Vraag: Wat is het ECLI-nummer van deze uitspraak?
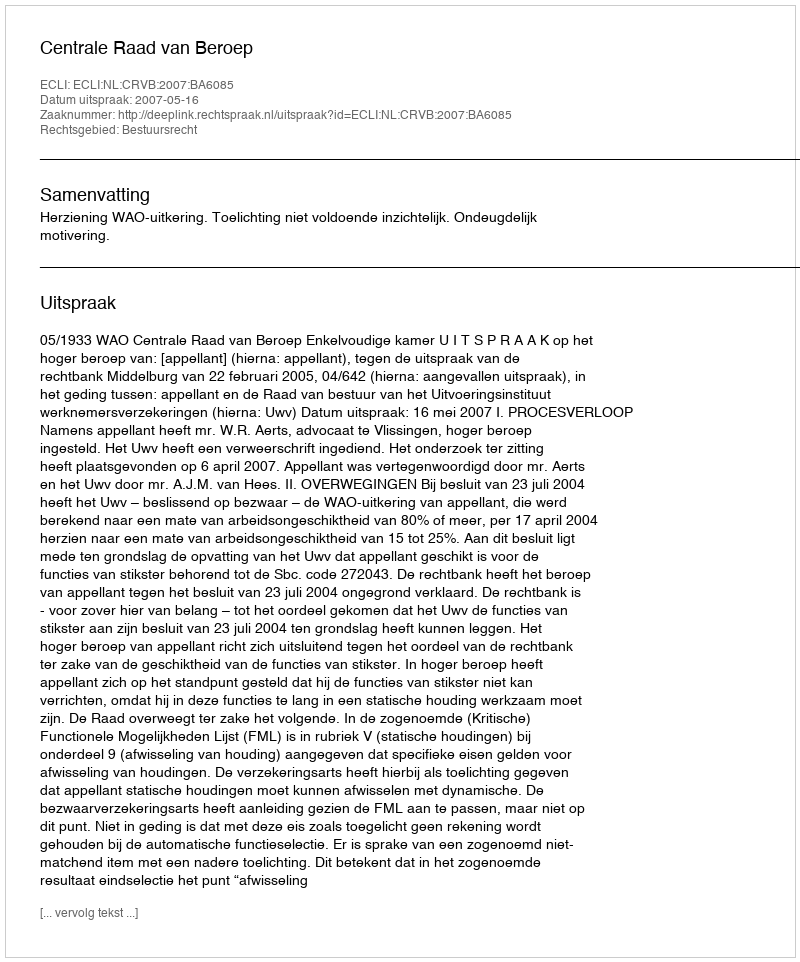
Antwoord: ECLI:NL:CRVB:2007:BA6085